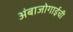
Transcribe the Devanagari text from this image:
अंबाजोगाईची